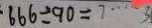
\cdot 6 6 6 \div 9 0 = 7 \cdots 3